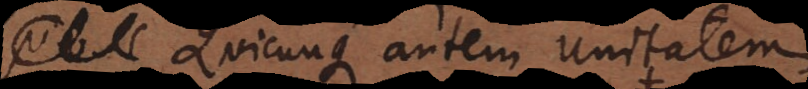
Quicunque autem unitatem